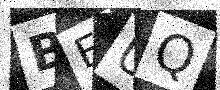
Text: BEUQ